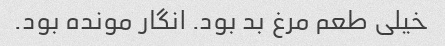
خیلی طعم مرغ بد بود. انگار مونده بود.